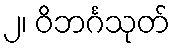
၂၊ ဝိဘင်္ဂသုတ်